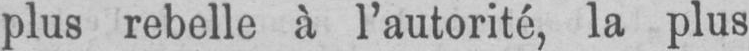
plus rebelle à l’autorité, la plus